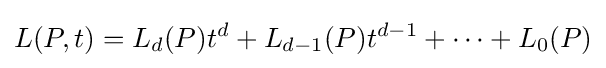
L(P,t)=L_{d}(P)t^{d}+L_{d-1}(P)t^{d-1}+\cdots +L_{0}(P)